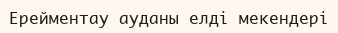
Ерейментау ауданы елді мекендері